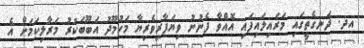
އދ. ދަނގެތީގައި މަރައިލައިފައި އޮއްވާ ފެނުނު ވިޔަފާރިވެރިޔާ މަހުމޫޫދު އަބޫބަކުރު މަރާލިކަމަށް އެ